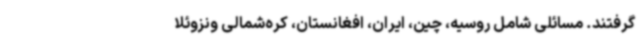
گرفتند. مسائلی شامل روسیه، چین، ایران، افغانستان، کره‌شمالی ونزوئلا